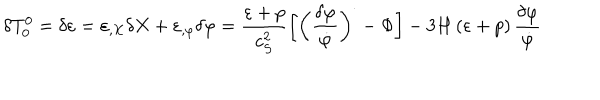
\delta T _ { 0 } ^ { 0 } = \delta \varepsilon = \varepsilon _ { , X } \delta X + \varepsilon _ { , \varphi } \delta \varphi = \frac { \varepsilon + p } { c _ { S } ^ { 2 } } \left[ \left( \frac { \delta \varphi } { \dot { \varphi } } \right) ^ { . } - \Phi \right] - 3 H \left( \varepsilon + p \right) \frac { \delta \varphi } { \dot { \varphi } }